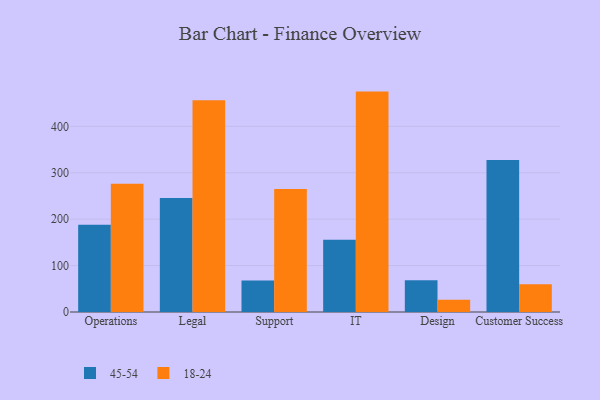
{"axis": {"x": "Department", "y": "Conversion Rate (%)"}, "legend": ["18-24", "45-54"], "data": [{"x": "Operations", "y": 187.9, "type": "45-54"}, {"x": "Operations", "y": 276.2, "type": "18-24"}, {"x": "Legal", "y": 245.6, "type": "45-54"}, {"x": "Legal", "y": 456.1, "type": "18-24"}, {"x": "Support", "y": 67.7, "type": "45-54"}, {"x": "Support", "y": 265.2, "type": "18-24"}, {"x": "IT", "y": 155.6, "type": "45-54"}, {"x": "IT", "y": 474.9, "type": "18-24"}, {"x": "Design", "y": 68.3, "type": "45-54"}, {"x": "Design", "y": 26.6, "type": "18-24"}, {"x": "Customer Success", "y": 327.6, "type": "45-54"}, {"x": "Customer Success", "y": 59.9, "type": "18-24"}]}